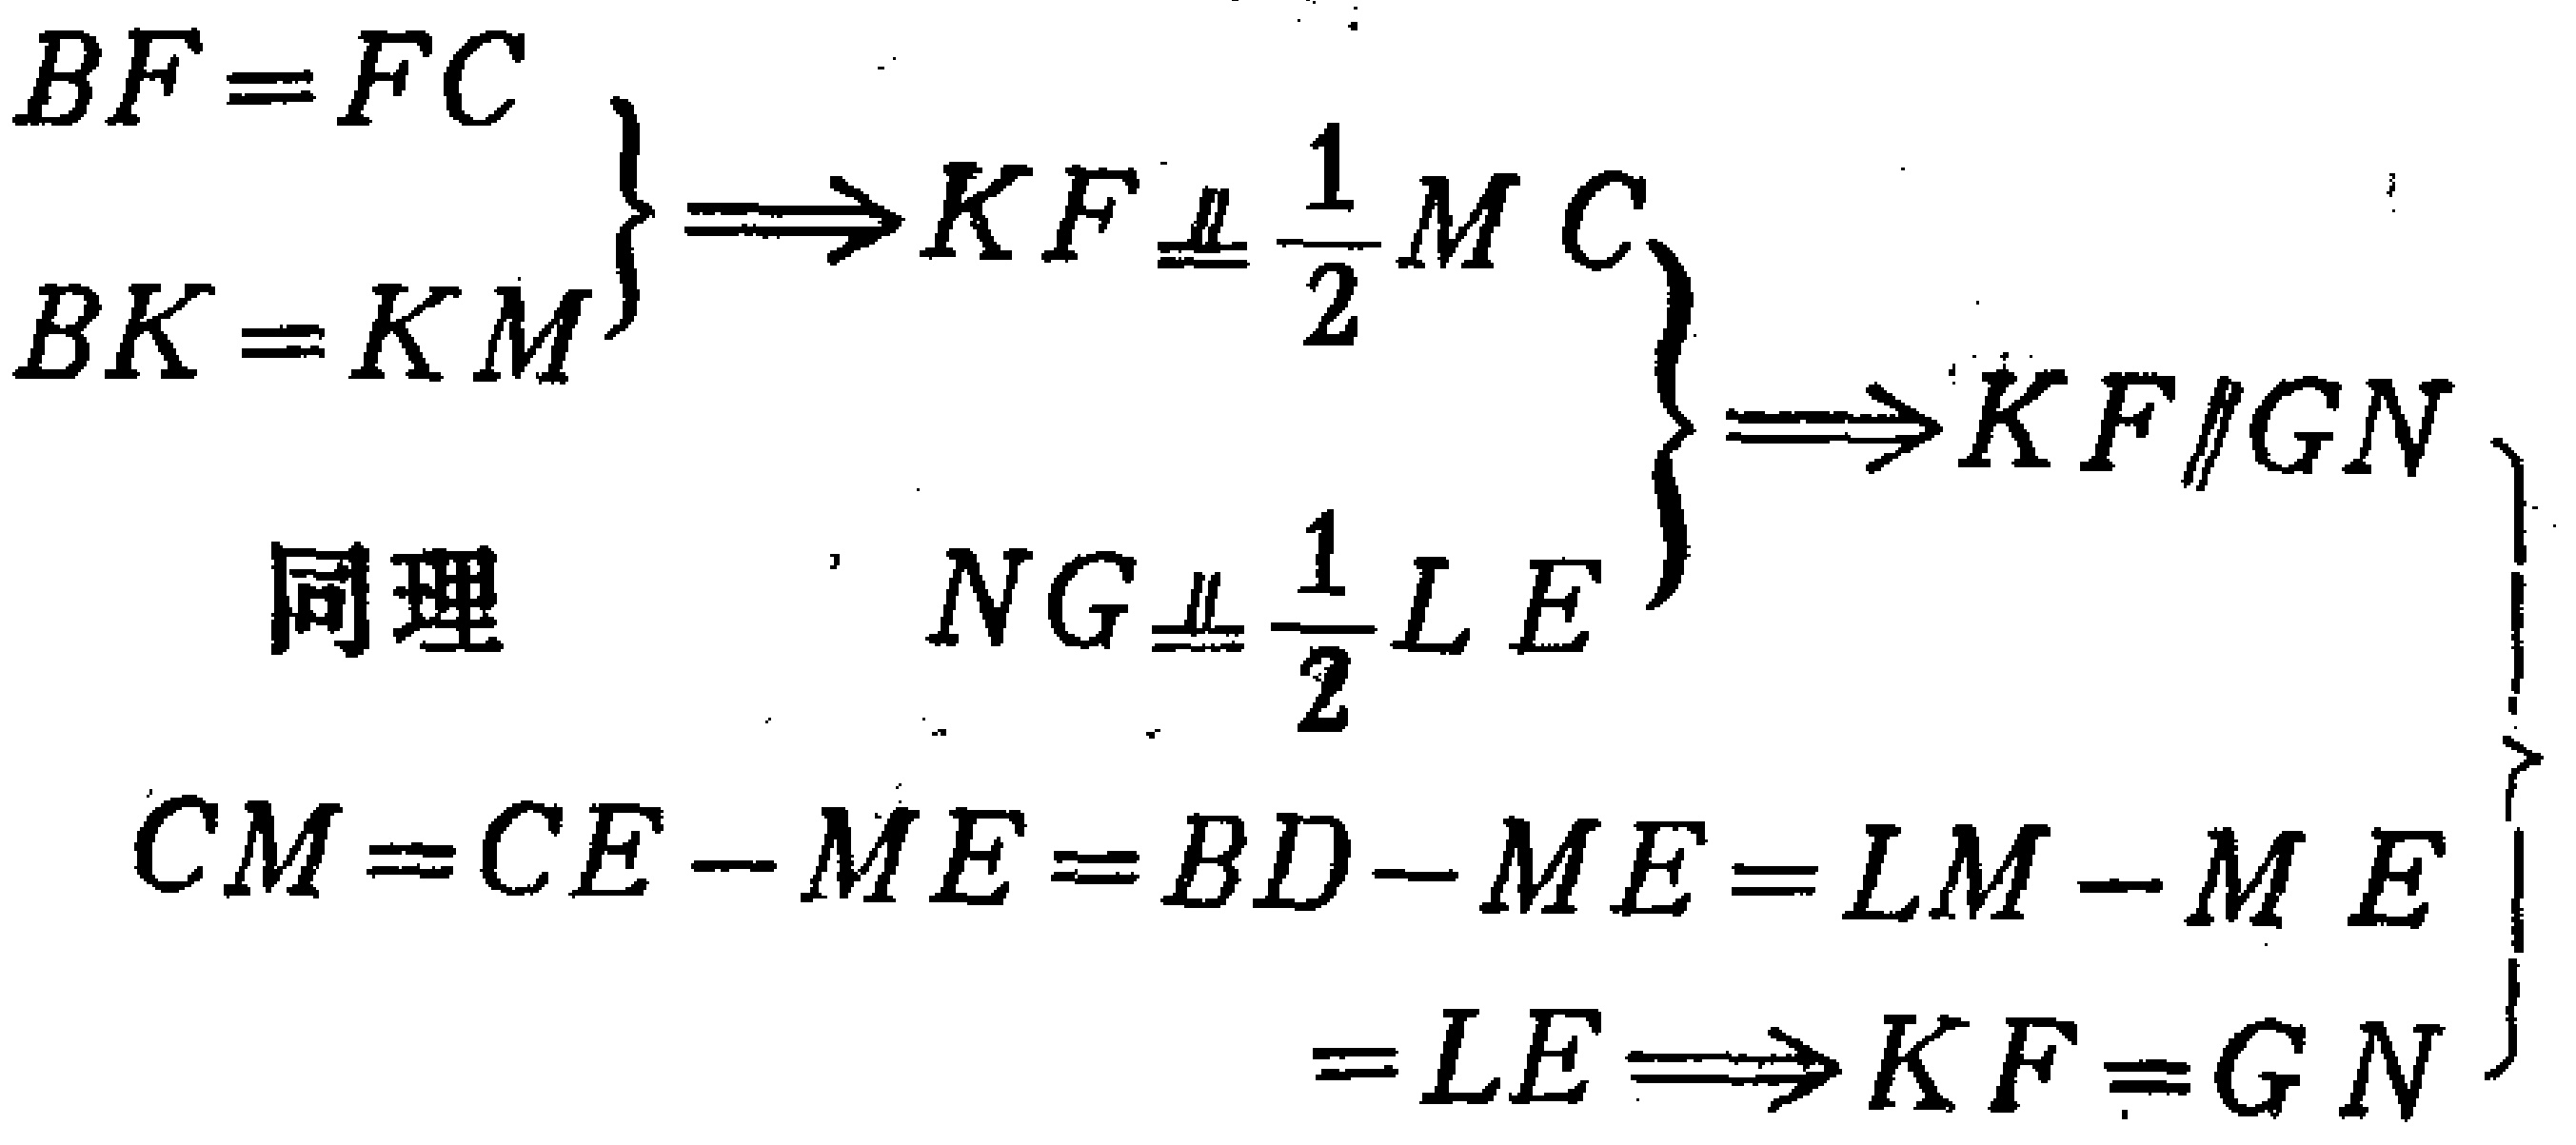
\[
\begin{align*}
\left.
\begin{array}{l}
BF = FC \\
BK = KM
\end{array}
\right\}
&\Rightarrow KF\equalparallel\frac{1}{2}MC \\
\text{同理} \quad \left.
\begin{array}{l}
NG\equalparallel\frac{1}{2}LE
\end{array}
\right\}
&\Rightarrow KF\parallel GN \\
\left.
\begin{array}{l}
CM = CE - ME = BD - ME = LM - ME \\
= LE
\end{array}
\right\}
&\Rightarrow KF = GN
\end{align*}
\]